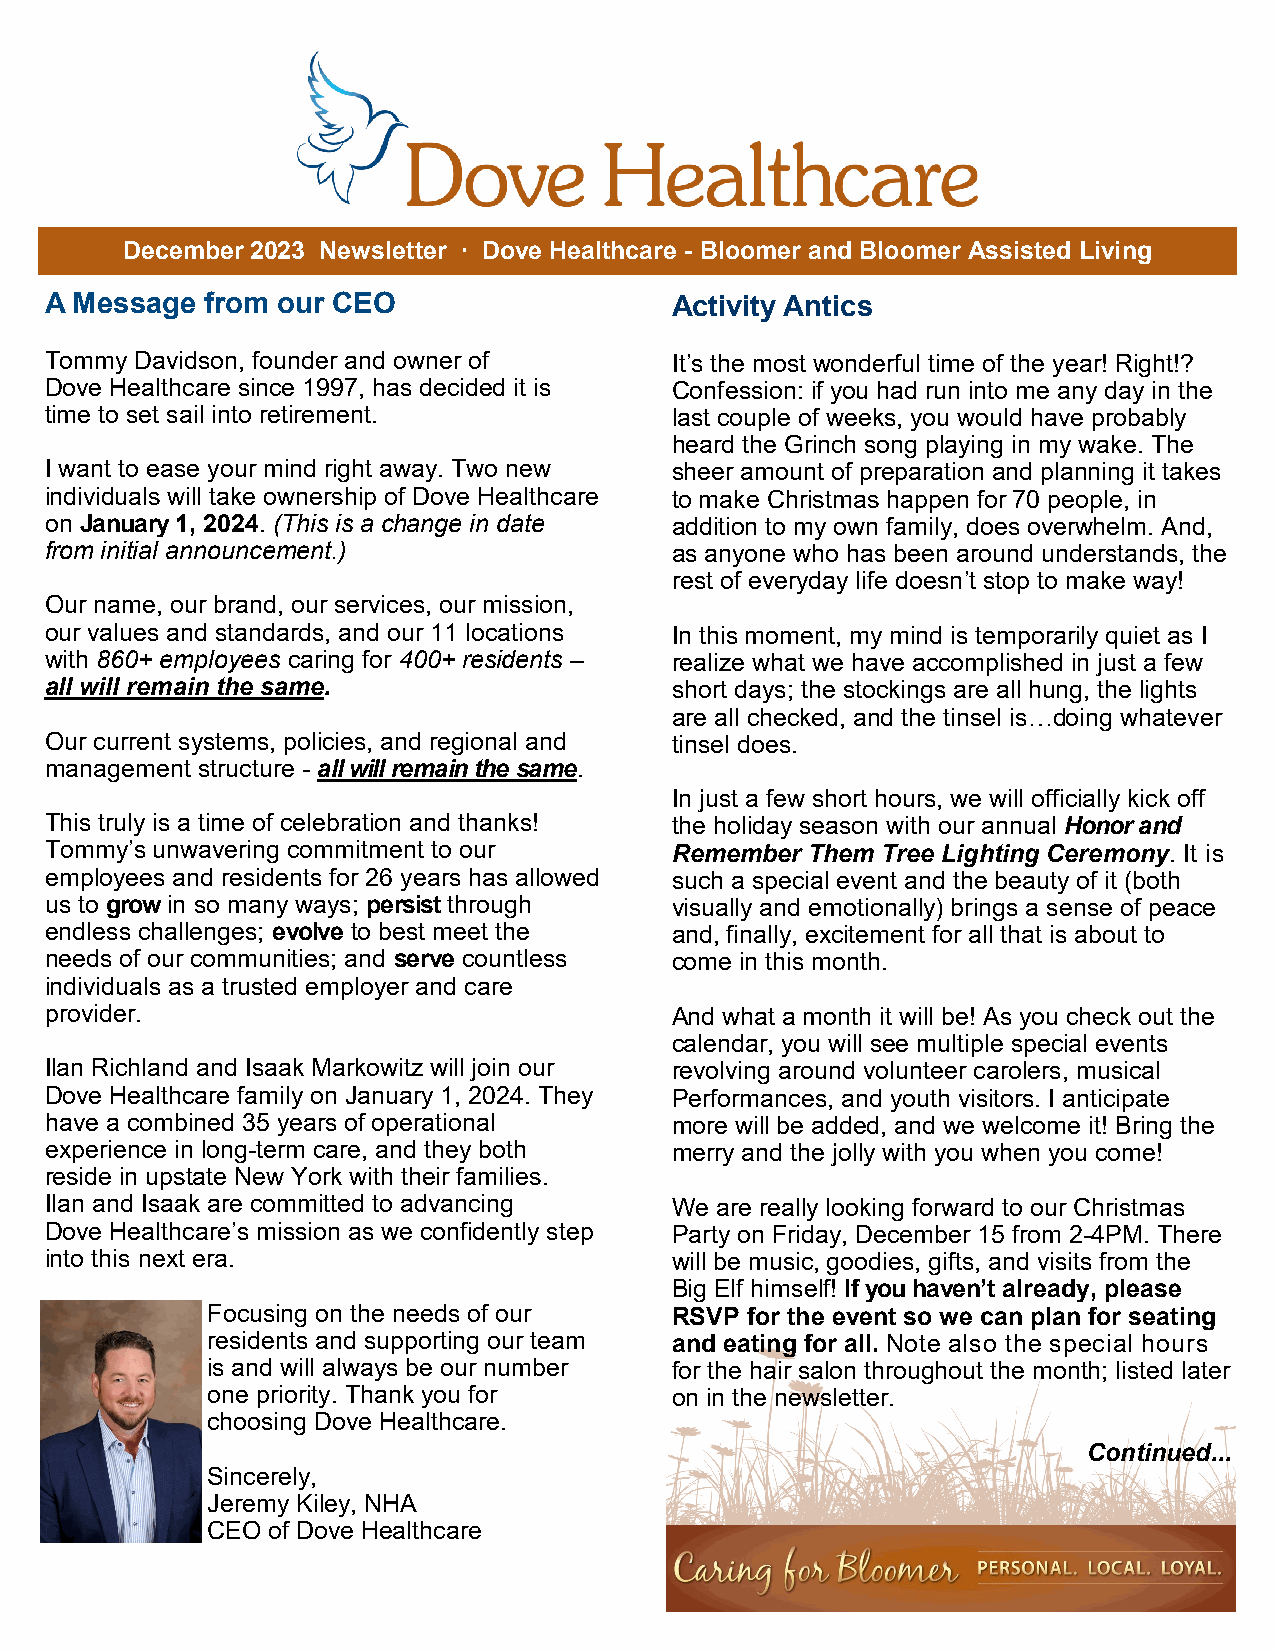
December 2023 Newsletter ∙ Dove Healthcare - Bloomer and Bloomer Assisted Living
 A Message  from our CEO                  Activity Antics
 Tommy Davidson, founder and owner of     It’s the most wonderful time of the year! Right!?
 Dove Healthcare since 1997, has decided it is Confession: if you had run into me any day in the
 time to set sail into retirement.        last couple of weeks, you would have probably
 heard the Grinch song playing in my wake. The
 I want to ease your mind right away. Two new sheer amount of preparation and planning it takes
 individuals will take ownership of Dove Healthcare to make Christmas happen for 70 people, in
 on January 1, 2024. (This is a change in date addition to my own family, does overwhelm. And,
 from initial announcement.)              as anyone who has been around understands, the
 rest of everyday life doesn’t stop to make way!
 Our name, our brand, our services, our mission,
 our values and standards, and our 11 locations In this moment, my mind is temporarily quiet as I
 with 860+ employees caring for 400+ residents – realize what we have accomplished in just a few
 all will remain the same.                short days; the stockings are all hung, the lights
 are all checked, and the tinsel is…doing whatever
 Our current systems, policies, and regional and tinsel does.
 management structure - all will remain the same.
 In just a few short hours, we will officially kick off
 This truly is a time of celebration and thanks! the holiday season with our annual Honor and
 Tommy’s unwavering commitment to our     Remember Them Tree Lighting Ceremony. It is
 employees and residents for 26 years has allowed such a special event and the beauty of it (both
 us to grow in so many ways; persist through visually and emotionally) brings a sense of peace
 endless challenges; evolve to best meet the and, finally, excitement for all that is about to
 needs of our communities; and serve countless come in this month.
 individuals as a trusted employer and care
 provider.                                And what a month it will be! As you check out the
 calendar, you will see multiple special events
 Ilan Richland and Isaak Markowitz will join our revolving around volunteer carolers, musical
 Dove Healthcare family on January 1, 2024. They Performances, and youth visitors. I anticipate
 have a combined 35 years of operational  more will be added, and we welcome it! Bring the
 experience in long-term care, and they both merry and the jolly with you when you come!
 reside in upstate New York with their families.
 Ilan and Isaak are committed to advancing We are really looking forward to our Christmas
 Dove Healthcare’s mission as we confidently step Party on Friday, December 15 from 2-4PM. There
 into this next era.                      will be music, goodies, gifts, and visits from the
 Big Elf himself! If you haven’t already, please
 Focusing on the needs of our  RSVP for the event so we can plan for seating
 residents and supporting our team and eating for all. Note also the special hours
 is and will always be our number for the hair salon throughout the month; listed later
 one priority. Thank you for   on in the newsletter.
 choosing Dove Healthcare.
 Continued...
 Sincerely,
 Jeremy Kiley, NHA
 CEO of Dove Healthcare